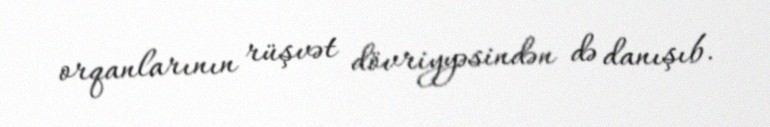
orqanlarının rüşvət dövriyyəsindən də danışıb.